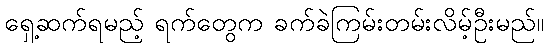
ရှေ့ဆက်ရမည့် ရက်တွေက ခက်ခဲကြမ်းတမ်းလိမ့်ဦးမည်။